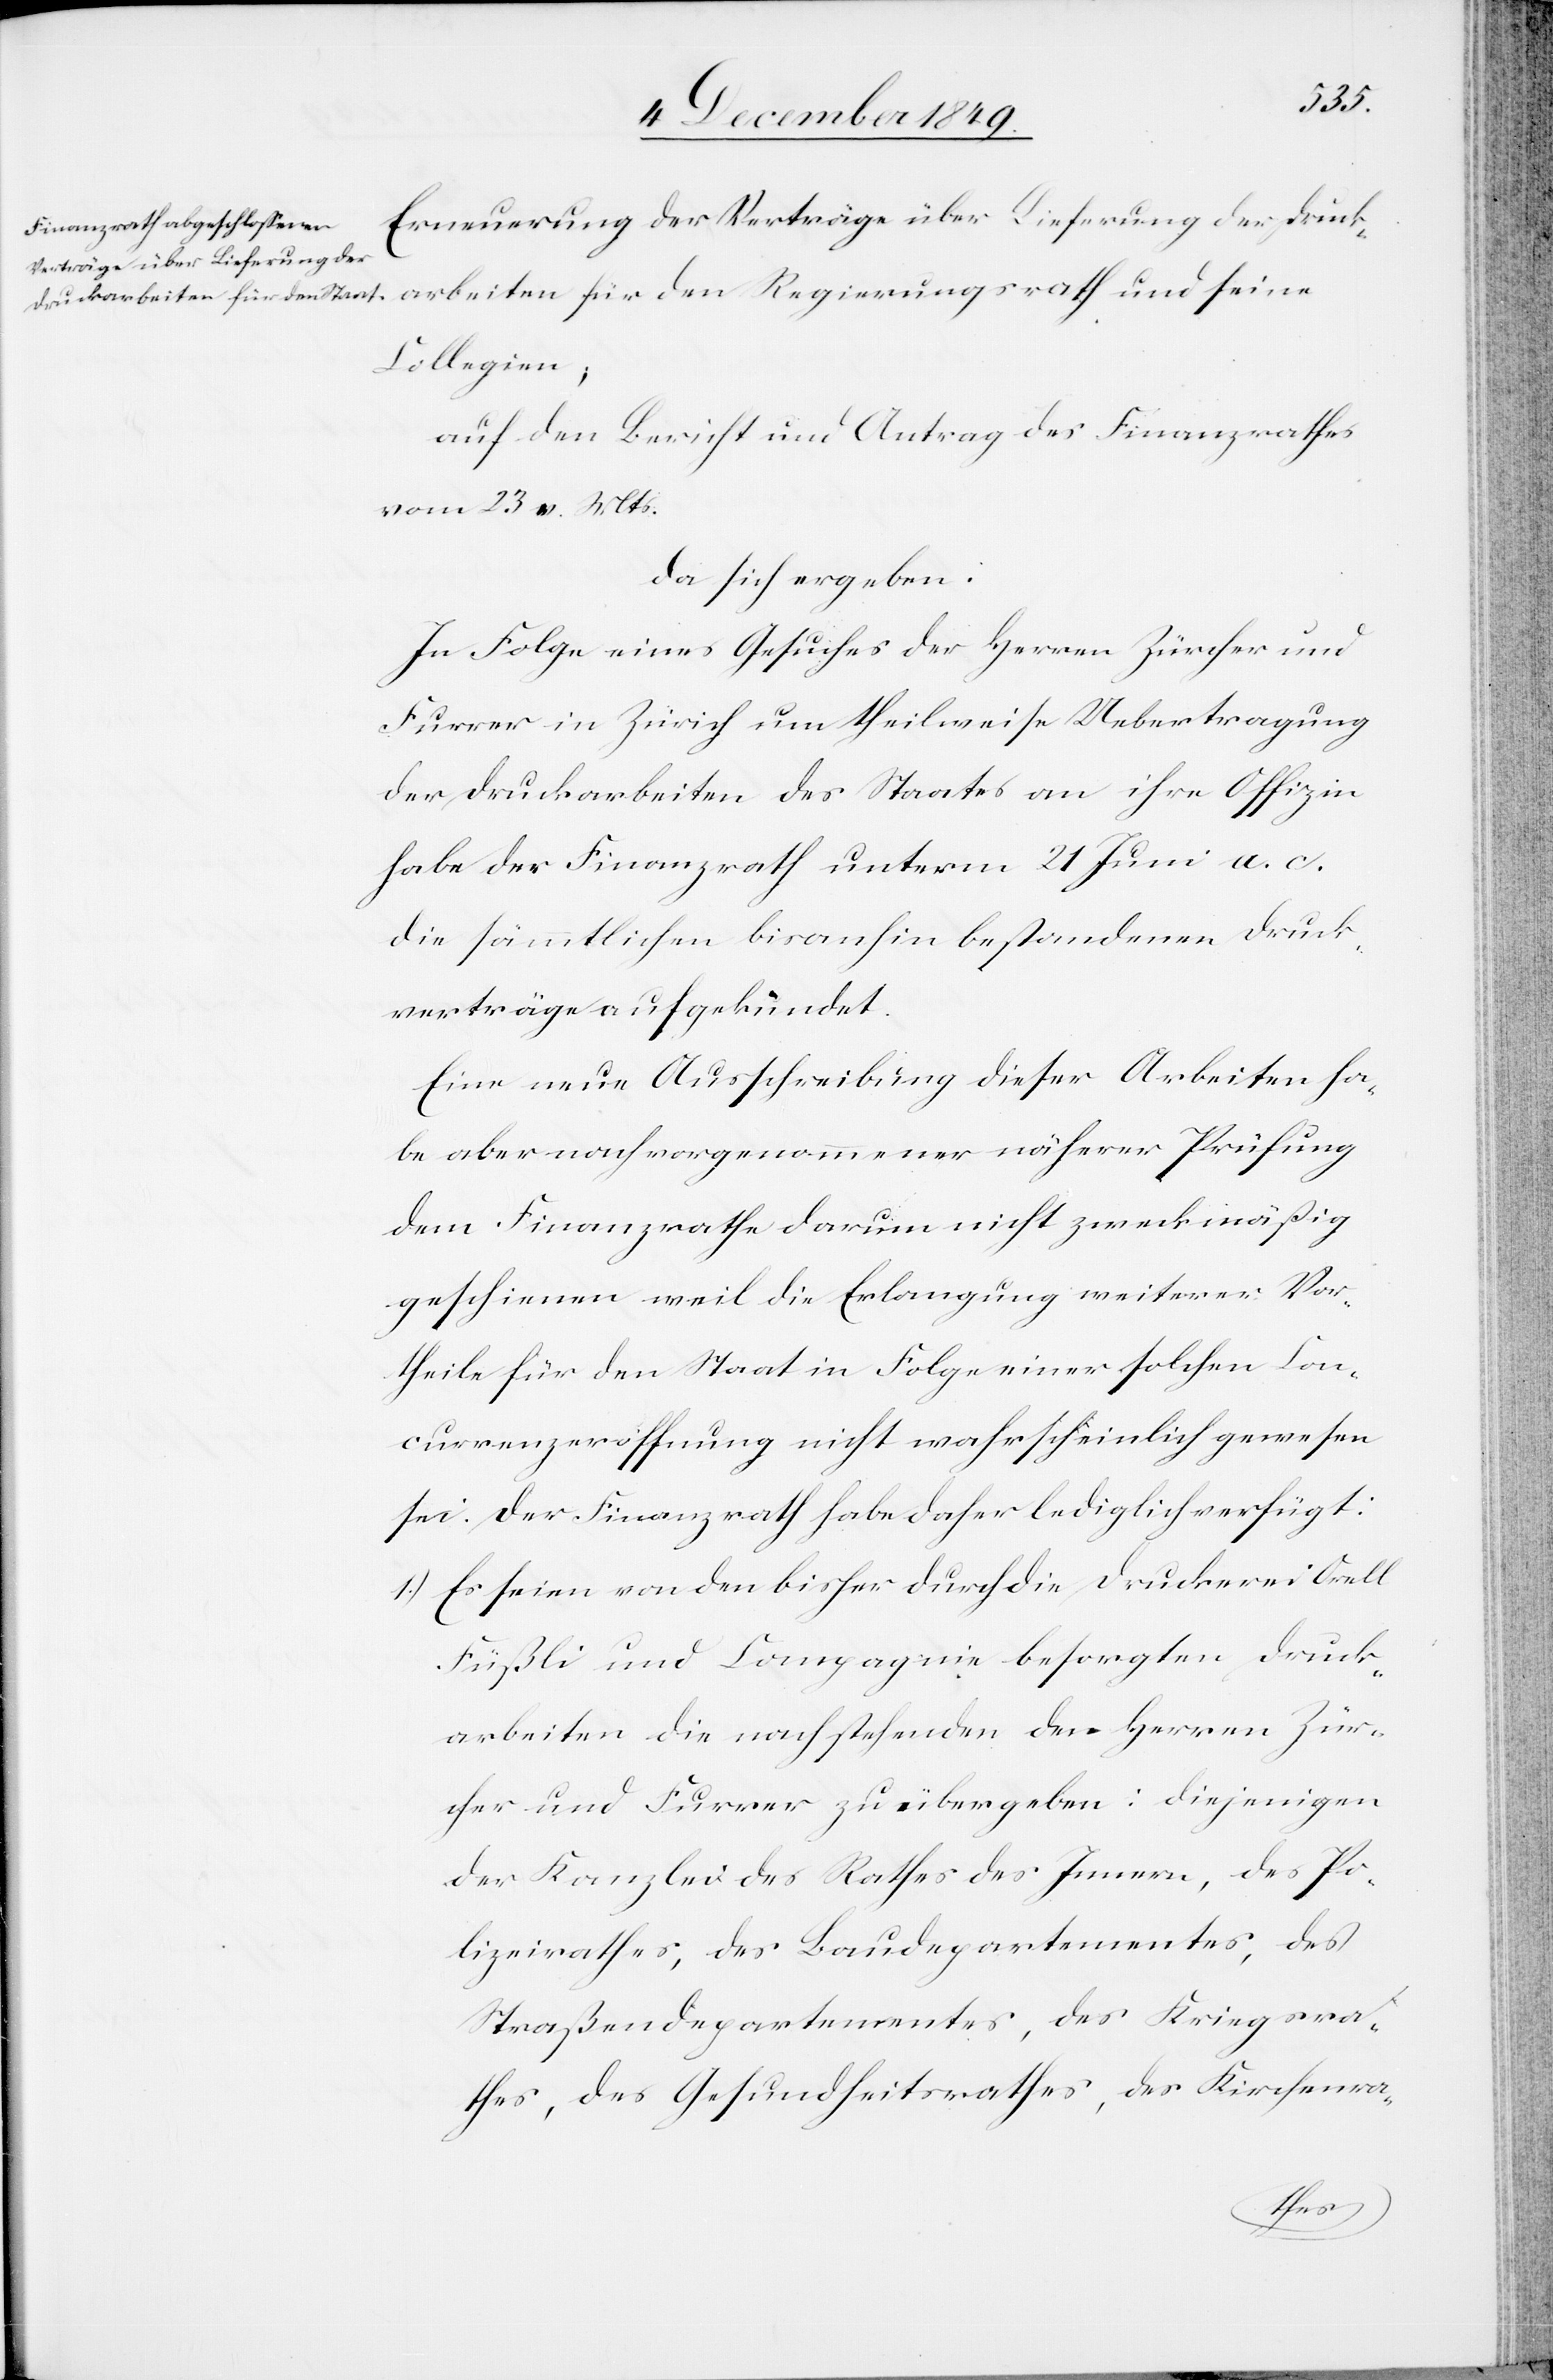
seine
Erneuerung der Verträge über Lieferung der Druck¬
Collegien;
auf den Bericht und Antrag des Finanzrathes
vom 23 v. Mts.
da sich ergeben:
In Folge eines Gesuches der Herren Zürcher und
Furrer in Zürich um theilweise Uebertragung
der Druckarbeiten des Staates an ihre Offiziere
habe der Finanzrath unterm 21 Juni a. c.
die sämmtlichen bisanhin bestandenen Druck¬
verträge aufgekündet.
Eine neue Ausschreibung dieser Arbeiten ha¬
be aber nach vorgenommener näherer Prüfung
dem Finanzrathe darum nicht zweckmäßig
geschienen weil die Erlangung weiterer Vor¬
theile für den Staat in Folge einer solchen Con¬
currenzeröffnung nicht wahrscheinlich gewesen
sei. Der Finanzrath habe daher lediglich verfügt:
1.) Es seien von den bisher durch die Druckerei Orell
Füßli und Compagnie besorgten Druck¬
arbeiten die nachstehenden den Herren Zür¬
cher und Furrer zu übergeben: diejenigen
der Kanzlei des Rathes des Innern, des Po¬
lizeirathes, des Baudepartementes, des
Straßendepartementes, des Kriegsra¬
thes, des Gesundheitsrathes, des Kirchenra-